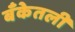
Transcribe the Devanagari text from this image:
बँकेतली